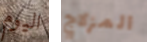
اليوم المزلاج